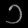
Digit: ၁